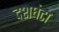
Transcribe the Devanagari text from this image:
दशघंटा